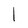
Character: l